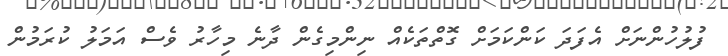
ފުލުހުންނަށް އެފަދަ ކަންކަމަށް ގޮތްތަކެއް ނިންމިގެން ދާނެ މިހާރު ވެސް އަމަލު ކުރަމުން